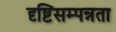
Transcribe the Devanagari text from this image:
दृष्टिसम्पन्नता